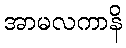
အာမလကာနိ